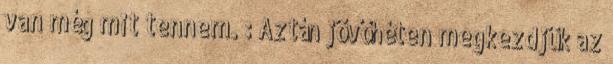
van még mit tennem. : Aztán jövőhéten megkezdjük az